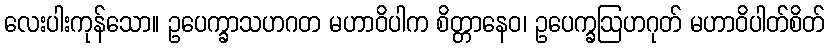
လေးပါးကုန်သော။ ဥပေက္ခာသဟဂတ မဟာဝိပါက စိတ္တာနေဝ၊ ဥပေက္ခဩဟဂုတ် မဟာဝိပါတ်စိတ်